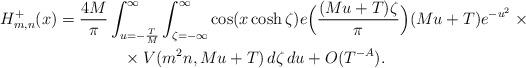
LaTeX: \begin{align*}H_{m, n}^+(x) &= \frac{4 M}{\pi} \int_{u = -\frac{T}{M}}^\infty \int_{\zeta = -\infty}^\infty \cos(x \cosh \zeta) e\Bigl ( \frac{(M u + T) \zeta}{\pi} \Bigr) (M u + T) e^{-u^2} \times{} \\&\qquad\qquad{}\times V(m^2 n, M u + T) \, d \zeta \, d u + O(T^{-A}).\end{align*}